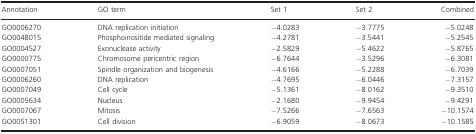
<table><thead><tr><td><b>Annotation</b></td><td><b>GO term</b></td><td><b>Set 1</b></td><td><b>Set 2</b></td><td><b>Combined</b></td></tr></thead><tbody><tr><td>GO0006270</td><td>DNA replication initiation</td><td>−4.0283</td><td>−3.7775</td><td>−5.0248</td></tr><tr><td>GO0048015</td><td>Phosphoinositide mediated signaling</td><td>−4.2781</td><td>−3.5441</td><td>−5.2545</td></tr><tr><td>GO0004527</td><td>Exonuclease activity</td><td>−2.5829</td><td>−5.4622</td><td>−5.8765</td></tr><tr><td>GO0000775</td><td>Chromosome pericentric region</td><td>−6.7644</td><td>−3.5296</td><td>−6.3081</td></tr><tr><td>GO0007051</td><td>Spindle organization and biogenesis</td><td>−4.6166</td><td>−5.2288</td><td>−6.7039</td></tr><tr><td>GO0006260</td><td>DNA replication</td><td>−4.7695</td><td>−6.0446</td><td>−7.3157</td></tr><tr><td>GO0007049</td><td>Cell cycle</td><td>−5.1361</td><td>−8.0162</td><td>−9.3510</td></tr><tr><td>GO0005634</td><td>Nucleus</td><td>−2.1680</td><td>−9.9454</td><td>−9.4291</td></tr><tr><td>GO0007067</td><td>Mitosis</td><td>−7.5266</td><td>−7.6563</td><td>−10.1574</td></tr><tr><td>GO0051301</td><td>Cell division</td><td>−6.9059</td><td>−8.0673</td><td>−10.1585</td></tr></tbody></table>